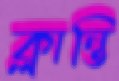
ক্লান্তি